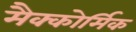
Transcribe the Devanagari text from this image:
मैक्कोर्मिक